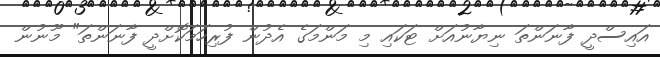
އައިސްދީ ފާނަންތަ ނިޔާނުއަށް ޓަކައި މި މަންމަގެ އެދުން ފުރިހަމަކޮށްދީ ފާނަންތަ" މޫނުން